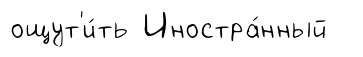
ощут'и́ть Иностра́нный